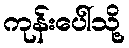
ကုန်းပေါ်သို့